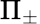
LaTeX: \Pi_{\pm}